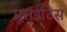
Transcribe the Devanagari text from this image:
प्रूराईटिस